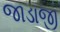
જાડાજી